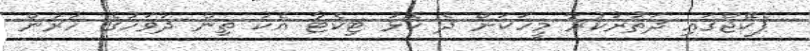
ޕެކޭޖްގައި ދަތުރުކުރާ މީހަކަށް ދެ ކޮޅު ޓިކެޓާ އެކު ތިން ދުވަހުގެ ހުރުން